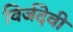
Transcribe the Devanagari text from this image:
विर्जदेवी